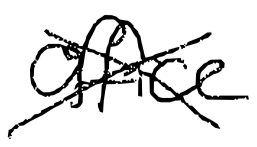
Text: office
Cross-out: cross
Writing tool: digital_black